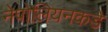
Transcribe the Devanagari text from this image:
नेपोलियनकडे